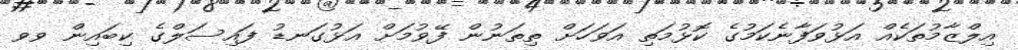
އިލްޒާމުތަކެއް އަޅުވަފާނެކަމުގެ ކޮޅުމަތި އަވަހަށް ތިތަނުން ފޭވުމަށް އަޅުގަނޑު ފައިސަލްގެ ކިބައިން ވވ